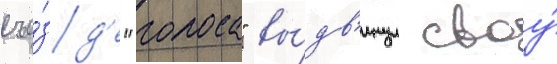
съе́зд'е "голоса" вы́дв'инул своу́